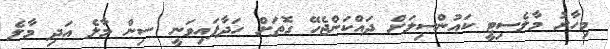
މިހާރު މާލެސިޓީ ކައުންސިލަށް ދައްކަންޖެހޭ ގޮތަށް ހަދާފައިވަނީ ސިން މާލެ އަދި މާލެ